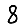
Digit: 8